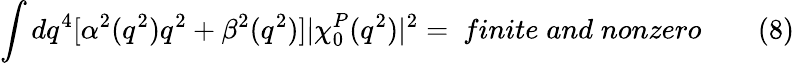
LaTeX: \int dq^{4}[\alpha^{2}(q^{2})q^{2}+\beta^{2}(q^{2})]|\chi_{0}^{P}(q^{2})|^{2}=~finite\; and\; nonzero\qquad(8)